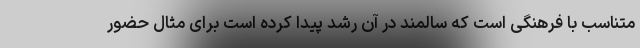
متناسب با فرهنگی است که سالمند در آن رشد پیدا کرده است برای مثال حضور